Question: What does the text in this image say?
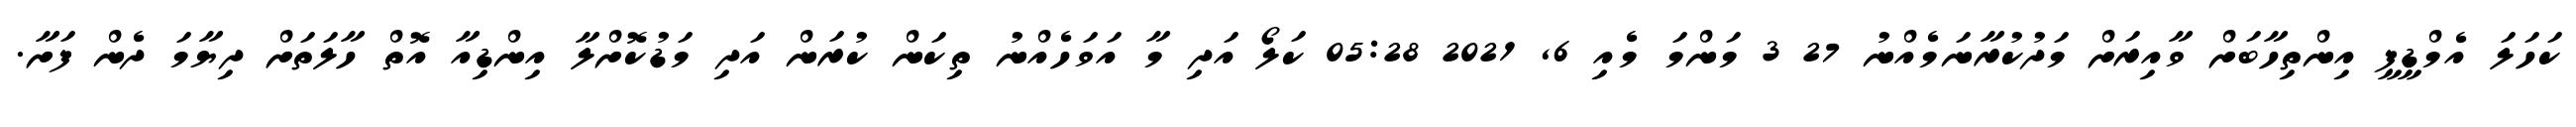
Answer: ކަހަލަ އެމްޑީޕީ އިންތިހާބަށް ވާއިރަށް މަދުކުރާނަމެއްނު 27 3 މަންމަ މެއި 6, 2021 05:28 ކަލޯ އަދި މާ އަވަހެއްނު ތިކަން ކުރަން އަދި މަޑުކޮށްލާ އިންޑިއާ އޮތް ހާލަތަށް ދިޔާމަ ދެން ފަށާ.